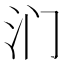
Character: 𰛉